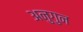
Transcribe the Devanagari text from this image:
अनुगुन